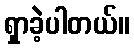
ရှာခဲ့ပါတယ်။